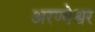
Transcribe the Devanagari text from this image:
अरण्येश्वर